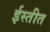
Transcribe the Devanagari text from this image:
ईस्तीत